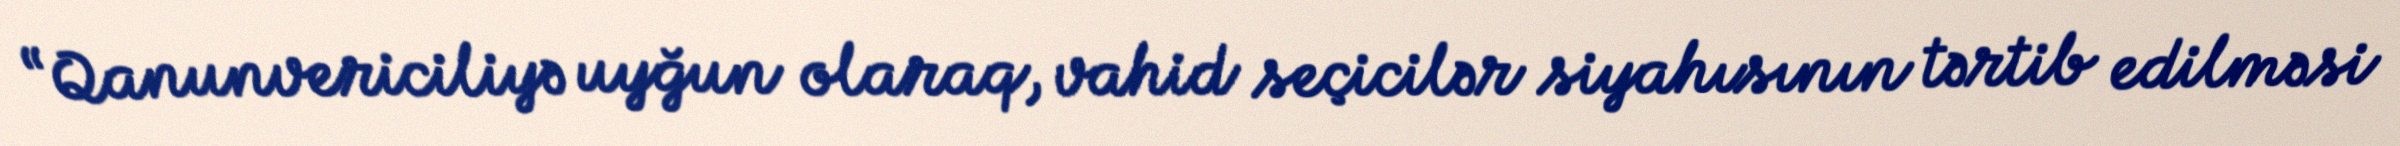
“Qanunvericiliyə uyğun olaraq, vahid seçicilər siyahısının tərtib edilməsi